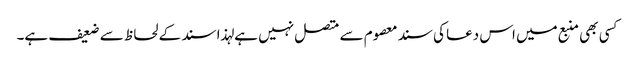
کسی بھی منبع میں اس دعا کی سند معصوم سے متصل نہیں ہے لہذا سند کے لحاظ سے ضعیف ہے۔